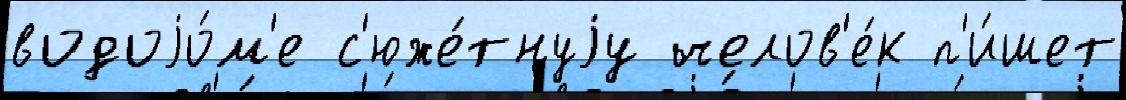
водоjо́м'е с'юже́тнуjу челов'е́к п'и́шет